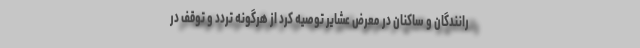
رانندگان و ساکنان در معرض عشایر توصیه کرد از هرگونه تردد و توقف در